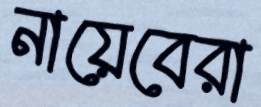
নায়েবেরা